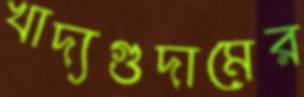
খাদ্যগুদামের